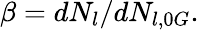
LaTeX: \beta=dN_{l}/dN_{l,0G}.